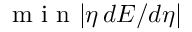
\mathrm { ~ m ~ i ~ n ~ } | \eta \, d E / d \eta |